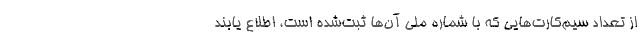
از تعداد سیم‌کارت‌هایی که با شماره ملی آن‌ها ثبت‌شده است، اطلاع یابند